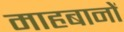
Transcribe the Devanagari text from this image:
माहबानों